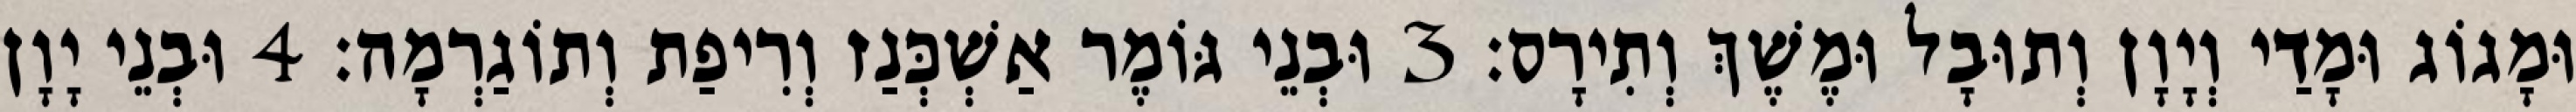
וּמָגוֹג וּמָדַי וְיָוָן וְתוּבָל וּמֶשֶׁךְ וְתִירָס׃ 3 וּבְנֵי גּוֹמֶר אַשְׁכְּנַז וְרִיפַת וְתוֹגַרְמָה׃ 4 וּבְנֵי יָוָן